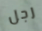
رجل